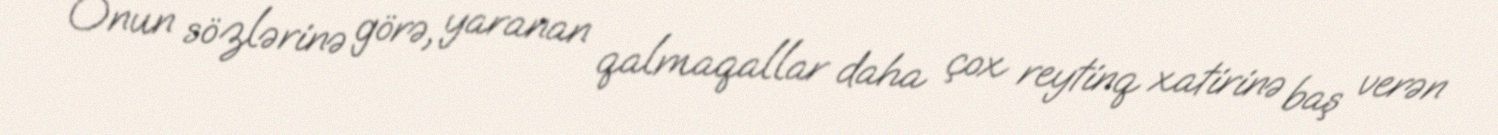
Onun sözlərinə görə, yaranan qalmaqallar daha çox reytinq xatirinə baş verən